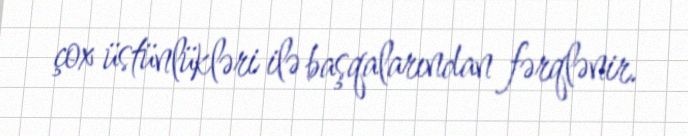
çox üstünlükləri ilə başqalarından fərqlənir.